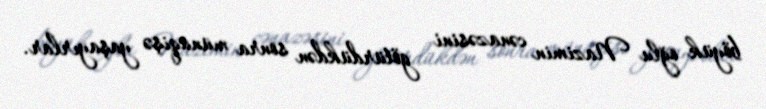
böyük oğlu Nazimin cənazəsini götürdükdən sonra münaqişə yaşayırlar.